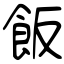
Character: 飯